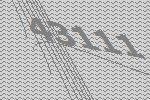
43111